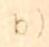
b)